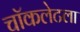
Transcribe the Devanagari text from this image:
चॉकलेटला